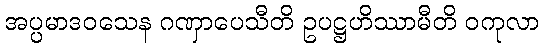
အပ္ပမာဒဝသေန ဂဏှာပေသီတိ ဥပဋ္ဌဟိဿာမီတိ ဝကုလာ